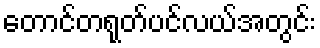
တောင်တရုတ်ပင်လယ်အတွင်း